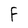
Character: F